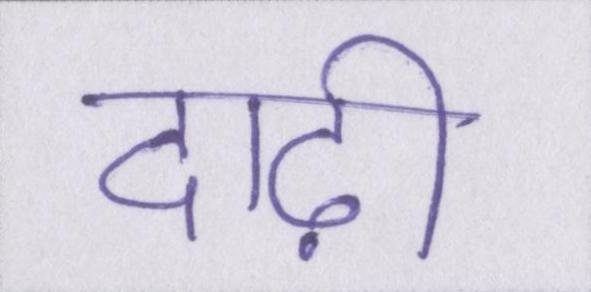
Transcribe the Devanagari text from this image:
दाढ़ी